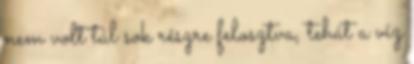
nem volt túl sok részre felosztva, tehát a víz